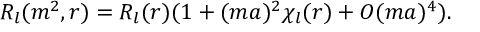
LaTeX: R _ { l } ( m ^ { 2 } , r ) = R _ { l } ( r ) ( 1 + ( m a ) ^ { 2 } \chi _ { l } ( r ) + O ( m a ) ^ { 4 } ) .